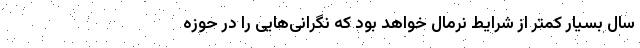
سال بسیار کمتر از شرایط نرمال خواهد بود که نگرانی‌هایی را در حوزه